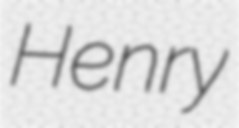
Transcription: Henry